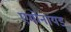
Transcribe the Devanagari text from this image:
एमोनायड